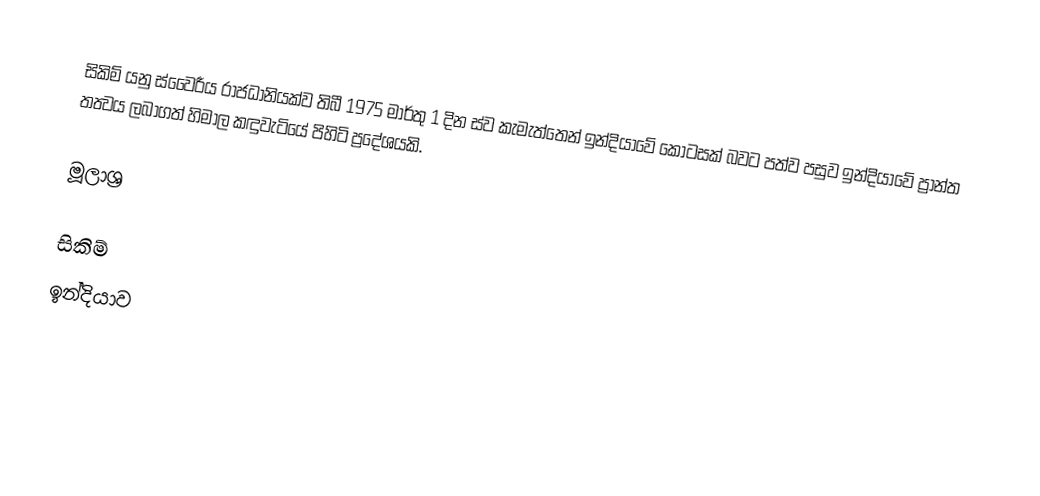
සිකිම් යනු ස්වෛරීය රාජධානියක්ව තිබී 1975 මාර්තු 1 දින ස්ව කැමැත්තෙන් ඉන්දියාවේ කොටසක් බවට පත්ව පසුව ඉන්දියාවේ ප්‍රාන්ත තත්‍වය ලබාගත් හිමාල කඳුවැටියේ පිහිටි ප්‍රදේශයකි.

මූලාශ්‍ර

සිකිම්
ඉන්දියාව